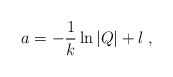
\begin{align*}a = -\frac{1}{k}\ln |Q| + l \; , \end{align*}